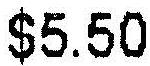
$5.50